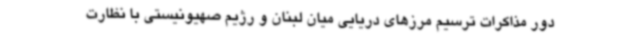
دور مذاکرات ترسیم مرزهای دریایی میان لبنان و رژیم صهیونیستی با نظارت